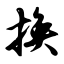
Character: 换